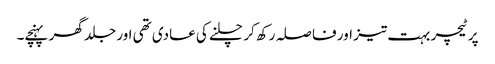
پر ٹیچر بہت تیز اور فا صلہ رکھ کر چلنے کی عادی تھی اور جلد گھر پہنچے۔